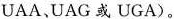
UAA，UAG或UGA)。